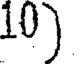
10)